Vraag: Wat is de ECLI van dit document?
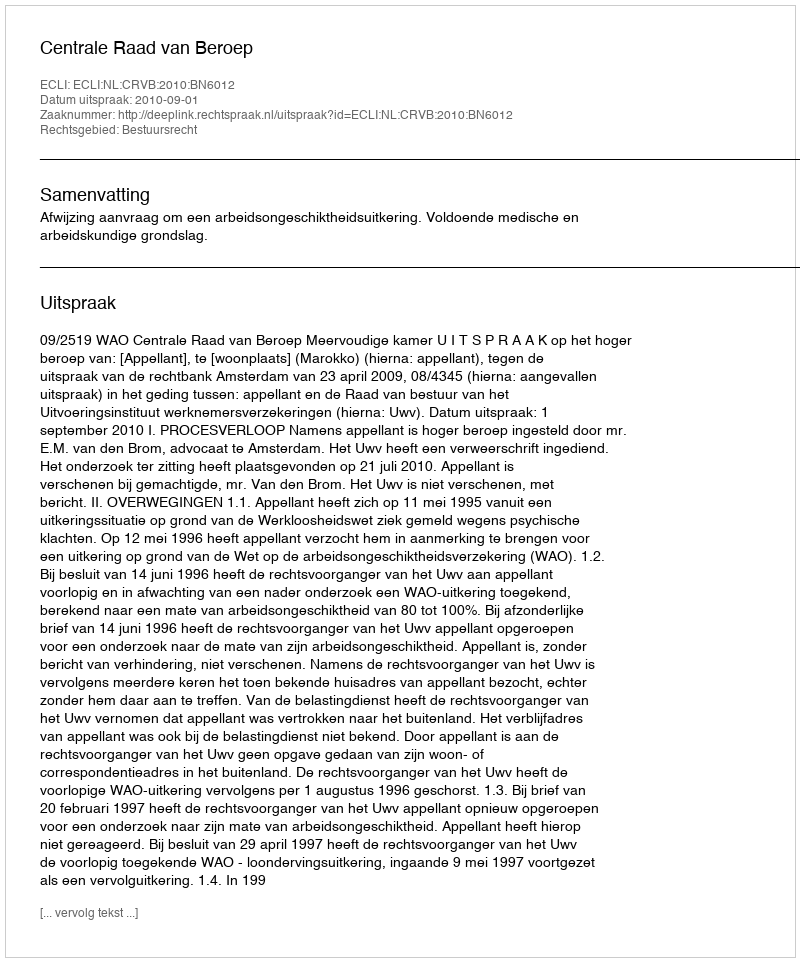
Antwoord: ECLI:NL:CRVB:2010:BN6012